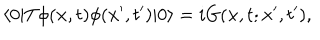
\langle 0 | T \phi ( { \bf x } , t ) \phi ( { \bf x ^ { \prime } } , t ^ { \prime } ) | 0 \rangle = i G ( { \bf x } , t ; { \bf x } ^ { \prime } , t ^ { \prime } ) ,